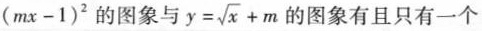
( m x - 1 ) ^ { 2 }$$的图象与 $$y = \sqrt { x }+ m$$ 的图象有且只有一个